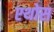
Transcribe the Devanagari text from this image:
एथोस